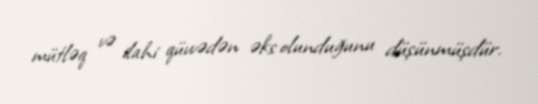
mütləq və ilahi qüvvədən əks olunduğunu düşünmüşdür.